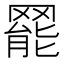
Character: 𦋼